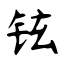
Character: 铉